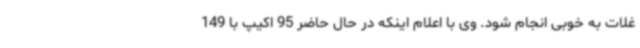
غلات به خوبی انجام شود. وی با اعلام اینکه در حال حاضر 95 اکیپ با 149